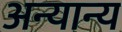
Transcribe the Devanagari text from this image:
अन्‍यान्‍य